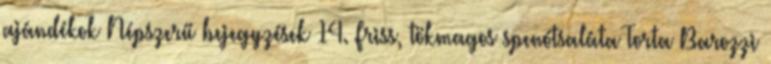
ajándékok Népszerű bejegyzések 14. Friss, tökmagos spenótsaláta Torta Barozzi